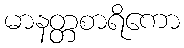
မာနတ္တစာရိကော